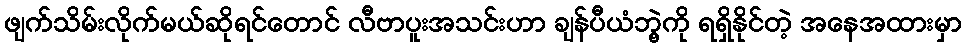
ဖျက်သိမ်းလိုက်မယ်ဆိုရင်တောင် လီဗာပူးအသင်းဟာ ချန်ပီယံဘွဲ့ကို ရရှိနိုင်တဲ့ အနေအထားမှာ